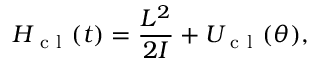
H _ { \mathrm { ~ c ~ l ~ } } ( t ) = \frac { L ^ { 2 } } { 2 I } + U _ { \mathrm { ~ c ~ l ~ } } ( \theta ) ,